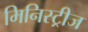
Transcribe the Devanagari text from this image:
मिनिस्ट्रीज